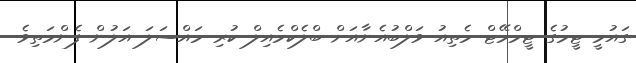
ގައުމީ ޓީމުގެ ޓީމްމޭޓް މެތިއު ވަލްބުއެނާއަށް ބްލެކްމެއިލް ކުރި މައްސަލަ އަލުން ފެންމަތިވެ